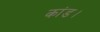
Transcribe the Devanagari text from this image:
कांड।